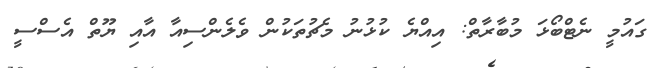
ގައުމީ ނެޓްބޯޅަ މުބާރާތް: އިއްޔެ ކުޅުނު މެޗުތަކުން ވެލެންސިއާ އާއި ޔޫތް އެސްސީ